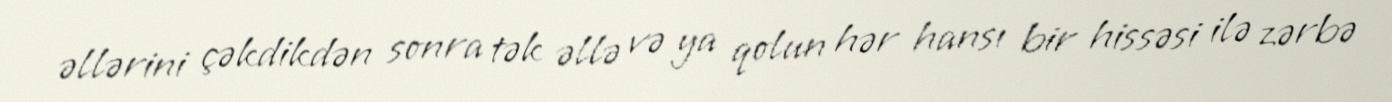
əllərini çəkdikdən sonra tək əllə və ya qolun hər hansı bir hissəsi ilə zərbə